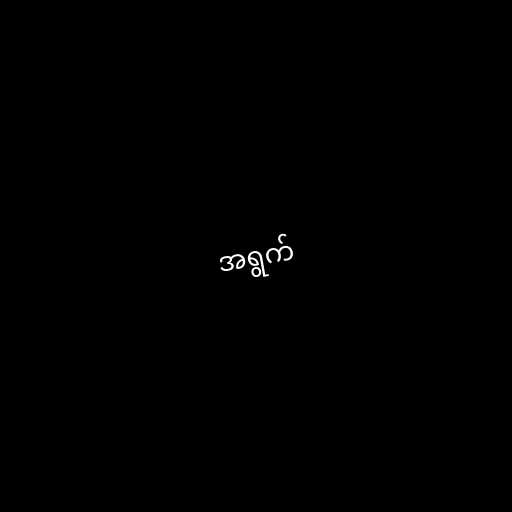
အရွက်